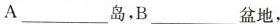
A___岛，B___盆地，